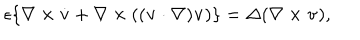
LaTeX: \epsilon \{ \nabla \times \dot { \bf v } + \nabla \times ( ( { \bf v } \cdot \nabla ) { \bf v } ) \} = \Delta ( \nabla \times { \bf v } ) ,